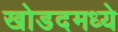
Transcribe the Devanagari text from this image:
खोडदमध्ये